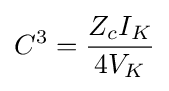
C^{3}={\frac {Z_{c}I_{K}}{4V_{K}}}